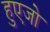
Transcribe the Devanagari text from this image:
हुएजो